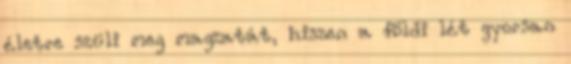
életre szüli meg magzatát, hiszen a földi lét gyorsan